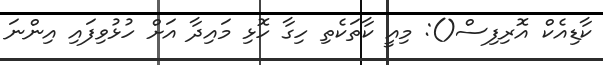
ކާޑިއެކް އޮރިފިސް(): މިއީ ކާތަކެތި ހިގާ ހޮޅި މައިދާ އަށް ހުޅުވިފައި އިންނަ